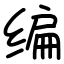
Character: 编